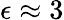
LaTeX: \epsilon\approx 3